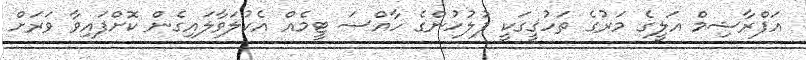
އަފްރާޝިމް އަލީގެ މަރުގެ ތަހުޤީގަކީ ފުލުހުންގެ ހާއްސަ ޓީމެއް އެކުލަވާލައިގެން ކޮށްފައިވާ ވަރަށް